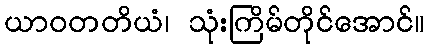
ယာဝတတိယံ၊ သုံးကြိမ်တိုင်အောင်။